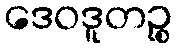
ဒေဝဒူတဉ္စ